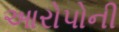
આરોપોની